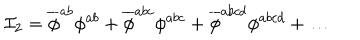
LaTeX: { \cal I } _ { 2 } = \overline { { { \phi } } } ^ { a b } \phi ^ { a b } + \overline { { { \phi } } } ^ { a b c } \phi ^ { a b c } + \overline { { { \phi } } } ^ { a b c d } \phi ^ { a b c d } + \ldots